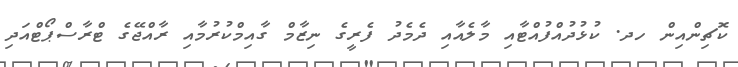
ކޮޗިންއިން ހދ. ކުޅުދުއްފުއްޓާއި މާލެއާއި ދެމެދު ފެރީގެ ނިޒާމް ގާއިމްކުރުމާއި ރާއްޖޭގެ ޓްރާސްޕޯޓްއަދި